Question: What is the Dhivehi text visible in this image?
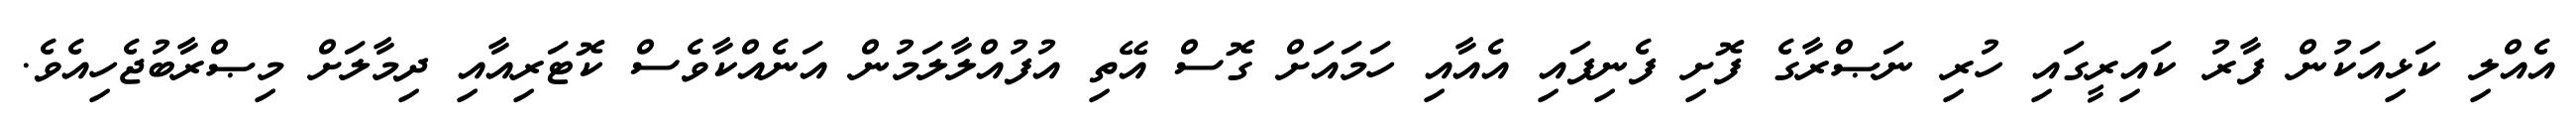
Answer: އެއްލި ކަޅިއަކުން ފާރު ކައިރީގައި ހުރި ނަޞްރާގެ ފޮށި ފެނިފައި އެއާއި ހަމައަށް ގޮސް އޭތި އުފުއްލާލަމުން އަނެއްކާވެސް ކޮޓަރިއާއި ދިމާލަށް މިޞްރާބުޖެހިއެވެ.